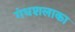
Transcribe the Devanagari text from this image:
गंधशलाका